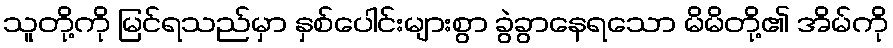
သူတို့ကို မြင်ရသည်မှာ နှစ်ပေါင်းများစွာ ခွဲခွာနေရသော မိမိတို့၏ အိမ်ကို